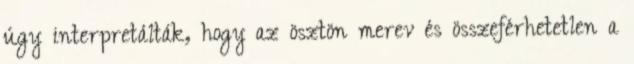
úgy interpretálták, hogy az ösztön merev és összeférhetetlen a